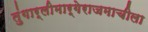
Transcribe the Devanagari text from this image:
तुंगार्लीमार्गेराजमाचीला